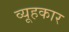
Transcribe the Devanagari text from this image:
व्यूहकार